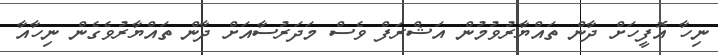
ނިހާ އޮފީހަށް ދާން ތައްޔާރުވުމުން އަޝްރަފް ވެސް މަދަރުސާއަށް ދާން ތައްޔާރުވެގެން ނިހާއާ